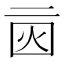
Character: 𠄰